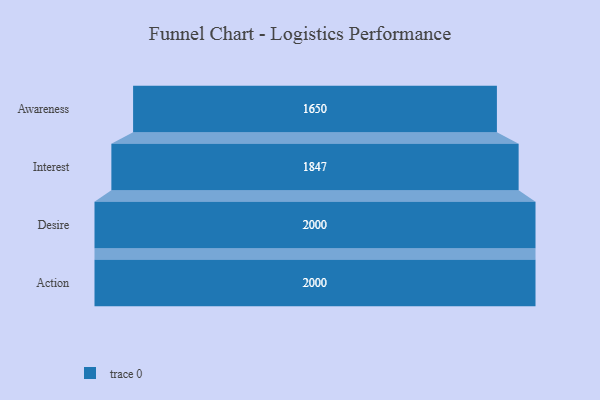
{"axis": {"x": "Stage", "y": "Value"}, "legend": [""], "data": [{"x": "Awareness", "y": 1650.0, "type": ""}, {"x": "Interest", "y": 1847.0, "type": ""}, {"x": "Desire", "y": 2000, "type": ""}, {"x": "Action", "y": 2000, "type": ""}]}